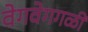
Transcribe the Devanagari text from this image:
वेगवेगगळी